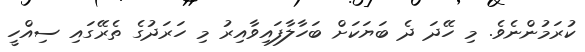
ކުރަމުންނެވެ. މި ހޭދަ ދެ ބަޔަކަށް ބަހާލާފައިވާއިރު މި ހަރަދުގެ ތެރޭގައި ސިއްހީ